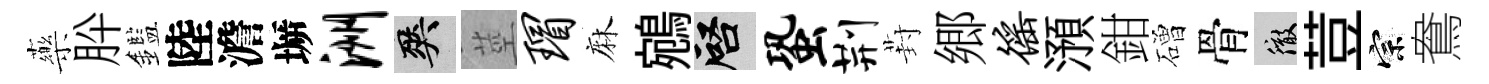
藥肸鑑陸澹󶱲洲爽莖瑁麻鵷啓蛩荆葑郷徭澦鉗磳骨徹荳宗鴦